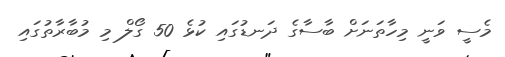
މެސީ ވަނީ މިހާތަނަށް ބާސާގެ ދަނޑުގައި ކުޅެ 50 ގޯލް މި މުބާރާތުގައި